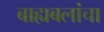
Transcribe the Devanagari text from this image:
बाह्यबलांचा